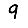
Digit: 9